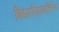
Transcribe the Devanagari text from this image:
विद्यापीठाव्यतिरिक्त